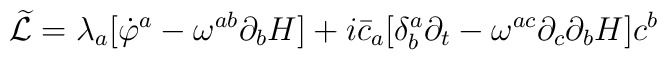
{\widetilde{\cal L}}=\lambda_{a}[{\dot\varphi }^{a}-\omega^{ab}\partial_{b}H]+i{\bar c}_{a}[\delta^{a}_{b}\partial_{t}-\omega^{ac}\partial_{c}\partial_{b}H]c^{b}